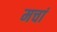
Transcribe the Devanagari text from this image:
मचां